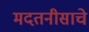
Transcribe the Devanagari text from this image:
मदतनीसाचे